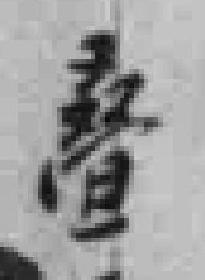
叠